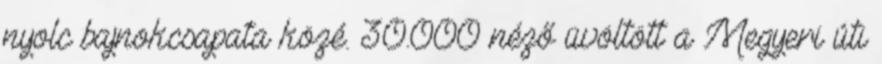
nyolc bajnokcsapata közé. 30.000 néző üvöltött a Megyeri úti